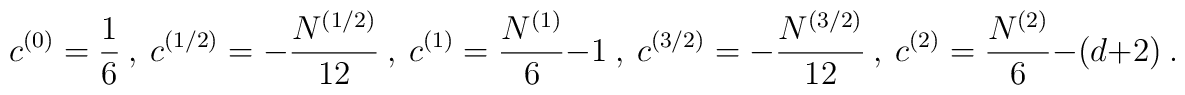
c^{(0)}=\frac 16~,~c^{(1/2)}=-{N^{(1/2)}\over 12}~,~c^{(1)}={N^{(1)}\over 6}-1~,~c^{(3/2)}=-{N^{(3/2)}\over 12}~,~c^{(2)}={N^{(2)}\over 6}-(d+2)~.